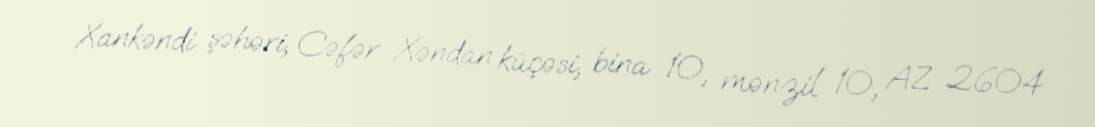
Xankəndi şəhəri, Cəfər Xəndan küçəsi, bina 10, mənzil 10, AZ 2604